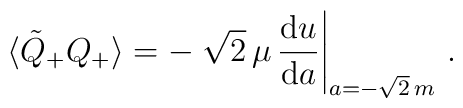
\langle\tilde{Q}_{+}Q_{+}\rangle= -\left. \sqrt{2}\,\mu\,\frac{{\rm d} u}{{\rm d} a}\right|_{a=-\sqrt{2}\,m}\,.